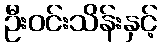
ဦးဝင်းသိန်းနှင့်